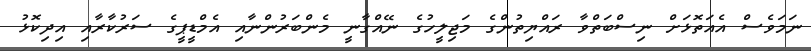
ނަމަވެސް އެއަތޮޅަށް ނިސްބަތްވާ ރައްޔިތުންގެ މަޖިލީހުގެ ނޭއްގާނީ މެންބަރުންނާއި އެމްޑީޕީގެ ސަރުކާރާއި އިދިކޮޅު